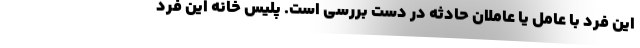
این فرد با عامل یا عاملان حادثه در دست بررسی است. پلیس خانه این فرد